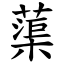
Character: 蕖